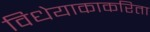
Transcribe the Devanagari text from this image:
विधेयाकाकरिता